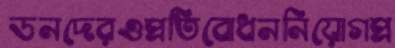
ডনদেরওপ্রতিবোধননিয়োগপ্র